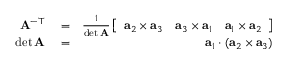
\begin{array} { r l r } { \mathbf { A } ^ { - \top } } & { { } = } & { \frac { 1 } { \operatorname* { d e t } \mathbf { A } } \left[ \begin{array} { c c c } { \mathbf { a } _ { 2 } \times \mathbf { a } _ { 3 } } & { \mathbf { a } _ { 3 } \times \mathbf { a } _ { 1 } } & { \mathbf { a } _ { 1 } \times \mathbf { a } _ { 2 } } \end{array} \right] } \\ { \operatorname* { d e t } \mathbf { A } } & { { } = } & { \mathbf { a } _ { 1 } \cdot ( \mathbf { a } _ { 2 } \times \mathbf { a } _ { 3 } ) } \end{array}